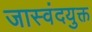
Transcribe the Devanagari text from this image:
जास्वंदयुक्त